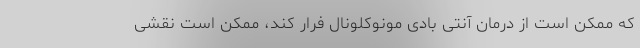
که ممکن است از درمان آنتی بادی مونوکلونال فرار کند، ممکن است نقشی